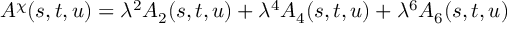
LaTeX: A ^ { \chi } ( s , t , u ) = \lambda ^ { 2 } A _ { 2 } ( s , t , u ) + \lambda ^ { 4 } A _ { 4 } ( s , t , u ) + \lambda ^ { 6 } A _ { 6 } ( s , t , u )